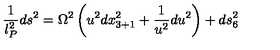
\frac { 1 } { l _ { P } ^ { 2 } } d s ^ { 2 } = \Omega ^ { 2 } \left( u ^ { 2 } d x _ { 3 + 1 } ^ { 2 } + \frac { 1 } { u ^ { 2 } } d u ^ { 2 } \right) + d s _ { 6 } ^ { 2 }